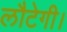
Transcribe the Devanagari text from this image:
लौटेगी।